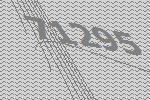
71295